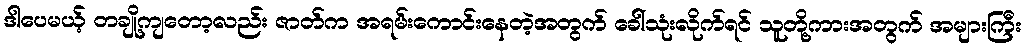
ဒါပေမယ့် တချို့ကျတော့လည်း ဇာတ်က အရမ်းကောင်းနေတဲ့အတွက် ခေါ်သုံးလိုက်ရင် သူတို့ကားအတွက် အများကြီး